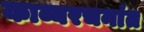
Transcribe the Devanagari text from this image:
काव्यरचनांत